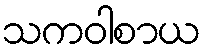
သကဝါစာယ